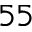
^ { 5 5 }